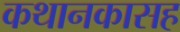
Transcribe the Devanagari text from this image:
कथानकासह